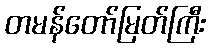
တမန်တော်မြတ်ကြီး